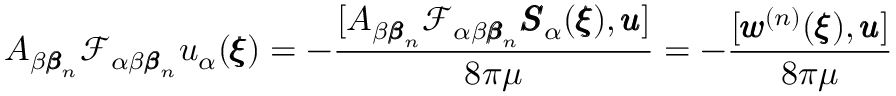
A _ { \beta { \pmb \beta } _ { n } } \mathcal { F } _ { \alpha \beta { \pmb \beta } _ { n } } u _ { \alpha } ( { \pmb \xi } ) = - \frac { [ A _ { \beta { \pmb \beta } _ { n } } \mathcal { F } _ { \alpha \beta { \pmb \beta } _ { n } } { \pmb S } _ { \alpha } ( { \pmb \xi } ) , { \pmb u } ] } { 8 \pi \mu } = - \frac { [ { \pmb w } ^ { ( n ) } ( { \pmb \xi } ) , { \pmb u } ] } { 8 \pi \mu }